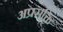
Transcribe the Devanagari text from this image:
अप्रसक्ति